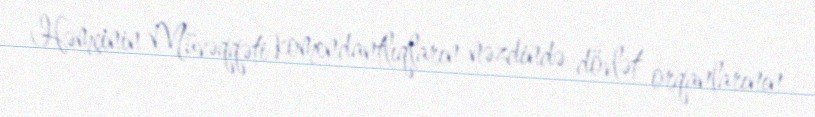
Həmçinin Müvəqqəti komendantlıqların nəzdində dövlət orqanlarının